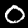
Label: 0